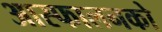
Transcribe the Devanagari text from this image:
आस्फालनको